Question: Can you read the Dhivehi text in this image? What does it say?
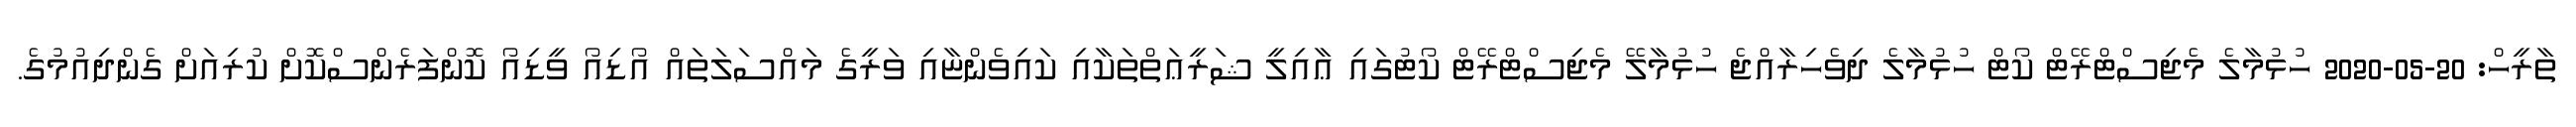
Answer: ތާރީހް: 20-05-2020 ހުޅުމާލެ މެޖިސްޓްރޭޓް ކޯޓް ހުޅުމާލެ ދިވެހިރާއްޖެ ހުޅުމާލޭ މެޖިސްޓްރޭޓް ކޯޓުގައި ޢާއިލީ ޝަރީޢަތްތަކާއި ކައިވެންޏާއި ވަރީގެ މައްސަލަތައް އޯޑިއޯ ވީޑިއޯ ކޮންފަރެންސްކޮށް ކުރިއަށް ގެންދިއުމުގެ.